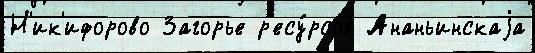
Н'ик'ифорово Загорье р'есу́рсов Ананьинскаjа